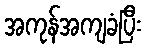
အကုန်အကျခံပြီး